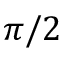
\pi / 2